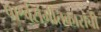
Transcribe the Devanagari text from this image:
पार्श्वसंगीतकारांची